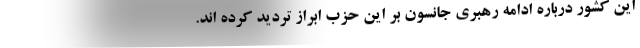
این کشور درباره ادامه رهبری جانسون بر این حزب ابراز تردید کرده اند.